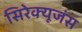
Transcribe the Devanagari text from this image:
सिरेक्यूजंस